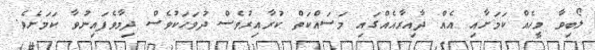
ލޯބިވާ މީހެއް ކަމަށާއި އެއް ދާއިރާއެއްގައި މަސައްކަތް ކުރާއިރުވެސް ދުވަހަކުވެސް ދިމާވެފައިނުވާ ކަމަށެވެ.